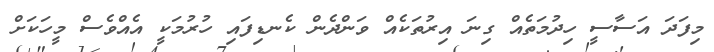
މިފަދަ އަސާސީ ހިދުމަތެއް ގިނަ އިރުތަކެއް ވަންދެން ކެނޑިފައި ހުރުމަކީ އެއްވެސް މީހަކަށް